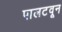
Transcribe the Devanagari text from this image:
पालटवून